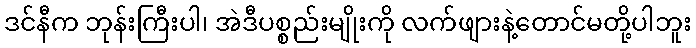
ဒင်နီက ဘုန်းကြီးပါ၊ အဲဒီပစ္စည်းမျိုးကို လက်ဖျားနဲ့တောင်မတို့ပါဘူး